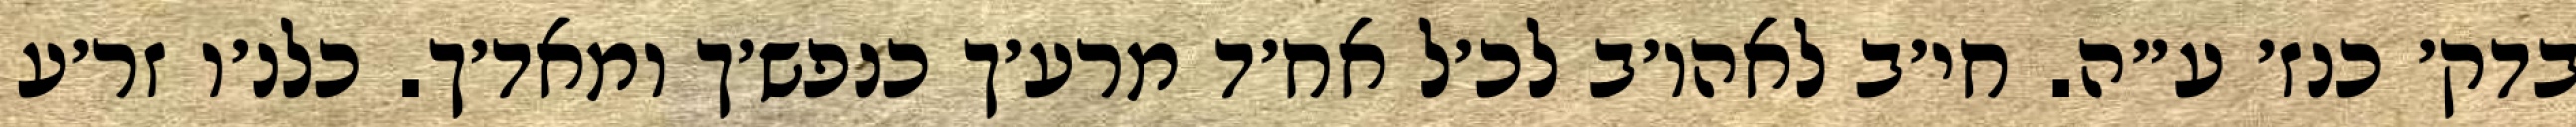
בדק׳ כנז׳ ע״ה. חי׳ב לאהו׳ב לכ׳ל אח׳ד מרע׳ך כנפש׳ך ומאד׳ך. כלנ׳ו זר׳ע